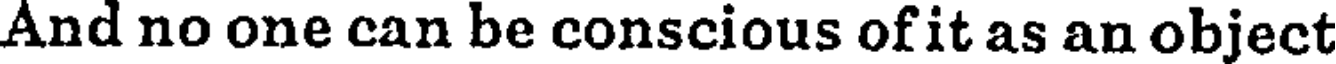
And no one can be conscious of it as an object